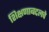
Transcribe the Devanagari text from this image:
शिक्षणाबद्दलचे